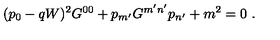
( p _ { 0 } - q W ) ^ { 2 } G ^ { 0 0 } + p _ { m ^ { \prime } } G ^ { m ^ { \prime } n ^ { \prime } } p _ { n ^ { \prime } } + m ^ { 2 } = 0 \ .